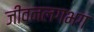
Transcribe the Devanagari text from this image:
जीवनलगभग